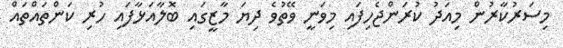
މިސަރުކާރުން މިއަދު ކުރަންޖެހިފައި މިވަނީ ވޭތުވެ ދިޔަ މާޒީގައި ބޮލާއަޅާފައި ހުރި ކަންތައްތައް